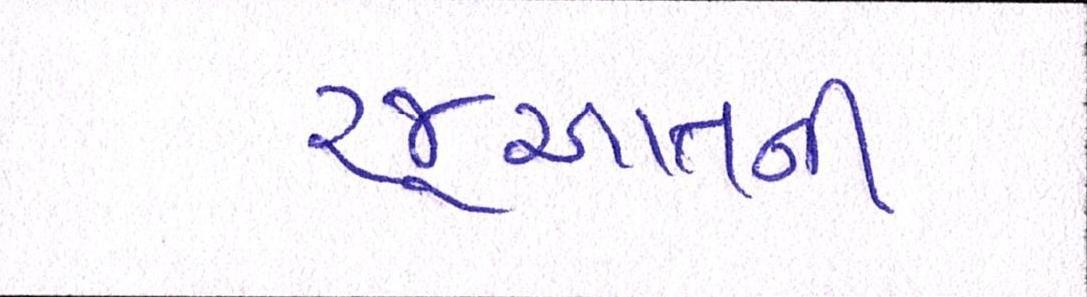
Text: રજૂઆતની